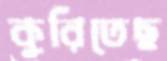
কুরিতেছ